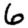
Digit: 6